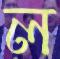
ল